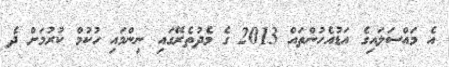
އެ މައްސަލައިގެ އަޑުއެހުންތައް 2013 ގެ މެދުތެރޭގައި ނިންމައި ހުކުމް ކުރުމަށް ދެ